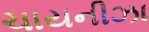
ચાયનીઝા